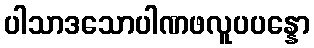
ပါသာဒသောပါဏဖလူပပန္နော